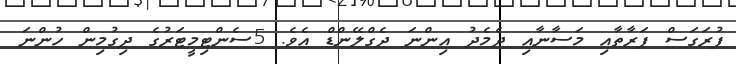
ފުރަގަސް ފަރާތާއި މަސާނާއި ދެމެދު އިންނަ ދެގްލޭންޑް އެވެ. 5ސެންޓިމީޓަރުގެ ދިގުމިން ހުންނަ